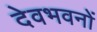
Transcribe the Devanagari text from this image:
देवभवनों